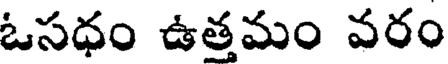
ఓసధం ఉత్తమం వరం